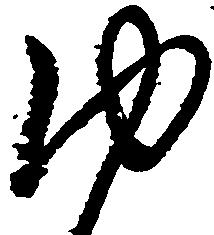
ゆ